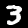
Digit: 3